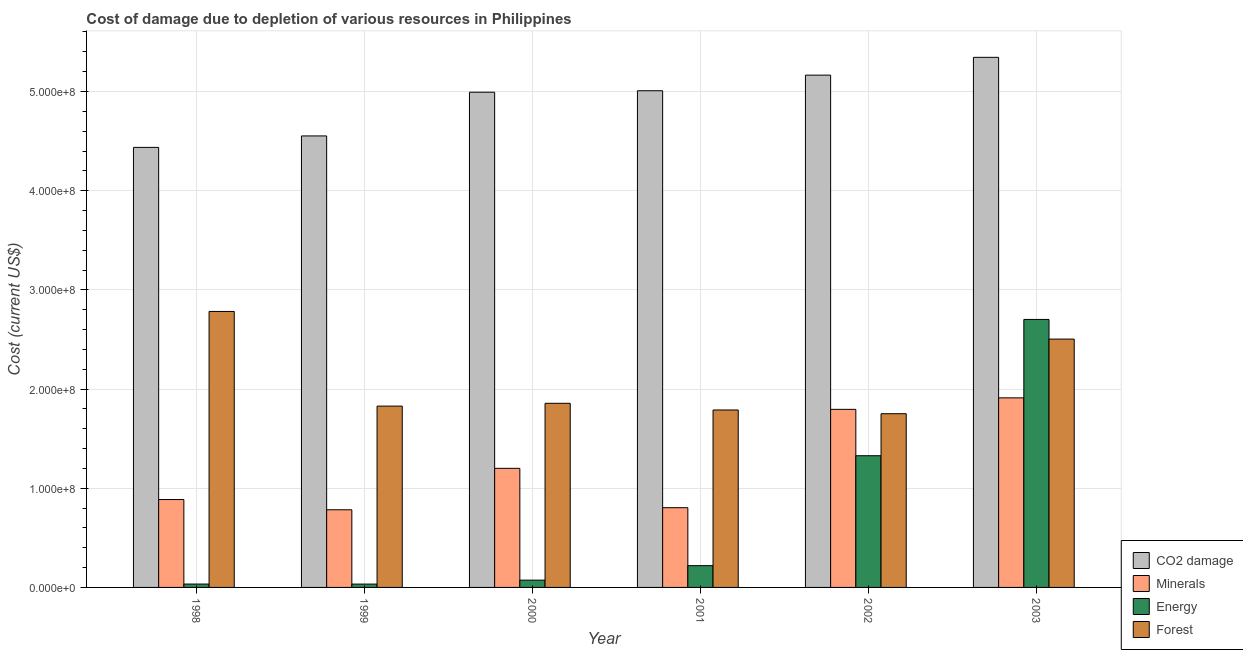
| Year | CO2 damage | Minerals | Energy | Forest |
 | --- | --- | --- | --- | --- |
 | 1998 | 4.44e+08 | 8.86e+07 | 3.4e+06 | 2.78e+08 |
 | 1999 | 4.55e+08 | 7.83e+07 | 3.37e+06 | 1.83e+08 |
 | 2000 | 4.99e+08 | 1.2e+08 | 7.35e+06 | 1.86e+08 |
 | 2001 | 5.01e+08 | 8.04e+07 | 2.2e+07 | 1.79e+08 |
 | 2002 | 5.16e+08 | 1.8e+08 | 1.33e+08 | 1.75e+08 |
 | 2003 | 5.34e+08 | 1.91e+08 | 2.7e+08 | 2.5e+08 |